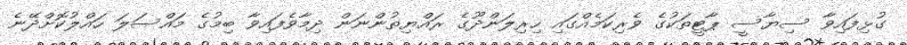
ގުޅިފައިވާ ސިޔާސީ ޕާޓީތަކުގެ ވެރިކަމެއްގައި ހިރިލަންދޫގެ ރައްޔިތުންނަން ދިމާވެފައިވާ ބިމުގެ މައްސަލަ ހައްލުކޮށްދޭނެ